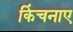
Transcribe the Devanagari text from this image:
किंचनाए